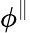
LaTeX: \phi^{\parallel}